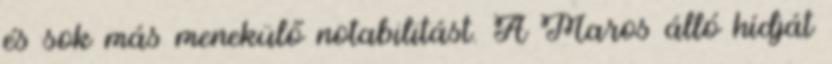
és sok más menekülő notabilitást. A Maros álló hídját